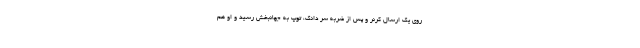
روی یک ارسال کرنر و پس از ضربه سر دانک، توپ به جهانبخش رسید و او هم